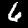
Digit: 6